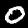
Digit: 0